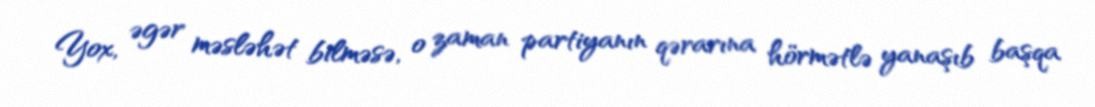
Yox, əgər məsləhət bilməsə, o zaman partiyanın qərarına hörmətlə yanaşıb başqa